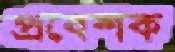
প্রবেশক